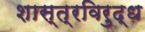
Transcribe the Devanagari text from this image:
शास्त्रविरुद्ध